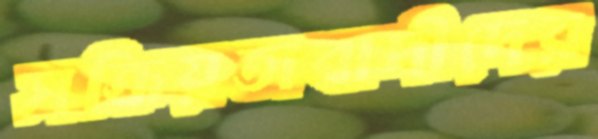
সক্রিয়তাবাদীদের